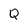
Character: Q